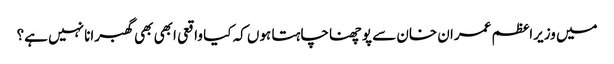
میں وزیراعظم عمران خان سے پوچھنا چاہتا ہوں کہ کیا واقعی ابھی بھی گھبرانا نہیں ہے؟